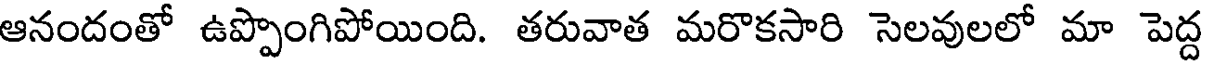
ఆనందంతో ఉప్పొంగిపోయింది. తరువాత మరొకసారి సెలవులలో మా పెద్ద